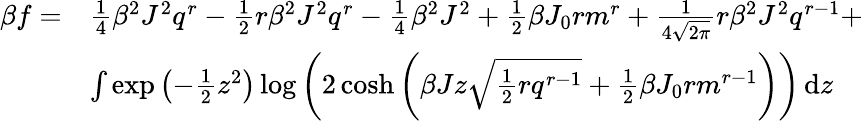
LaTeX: {\begin{array}{rl}{\beta f=}&{{\frac{1}{4}}\beta^{2}J^{2}q^{r}-{\frac{1}{2}}r\beta^{2}J^{2}q^{r}-{\frac{1}{4}}\beta^{2}J^{2}+{\frac{1}{2}}\beta J_{0}rm^{r}+{\frac{1}{4{\sqrt{2\pi}}}}r\beta^{2}J^{2}q^{r-1}+}\\ &{\int\exp\left(-{\frac{1}{2}}z^{2}\right)\log\left(2\cosh\left(\beta Jz{\sqrt{{\frac{1}{2}}rq^{r-1}}}+{\frac{1}{2}}\beta J_{0}rm^{r-1}\right)\right)\, \mathrm{d}z}\end{array}}